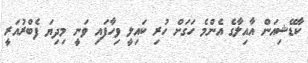
ކާޑޭޝިއަން އާއިލާގެ އެންމެ ހަގަށް ހުރި ކައިލީ ވިހާފައި ވަނީ މިދިޔަ ފެބްރުއަރީ